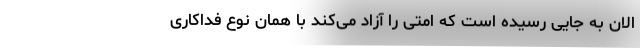
الان به جایی رسیده است که امتی را آزاد می‌کند با همان نوع فداکاری